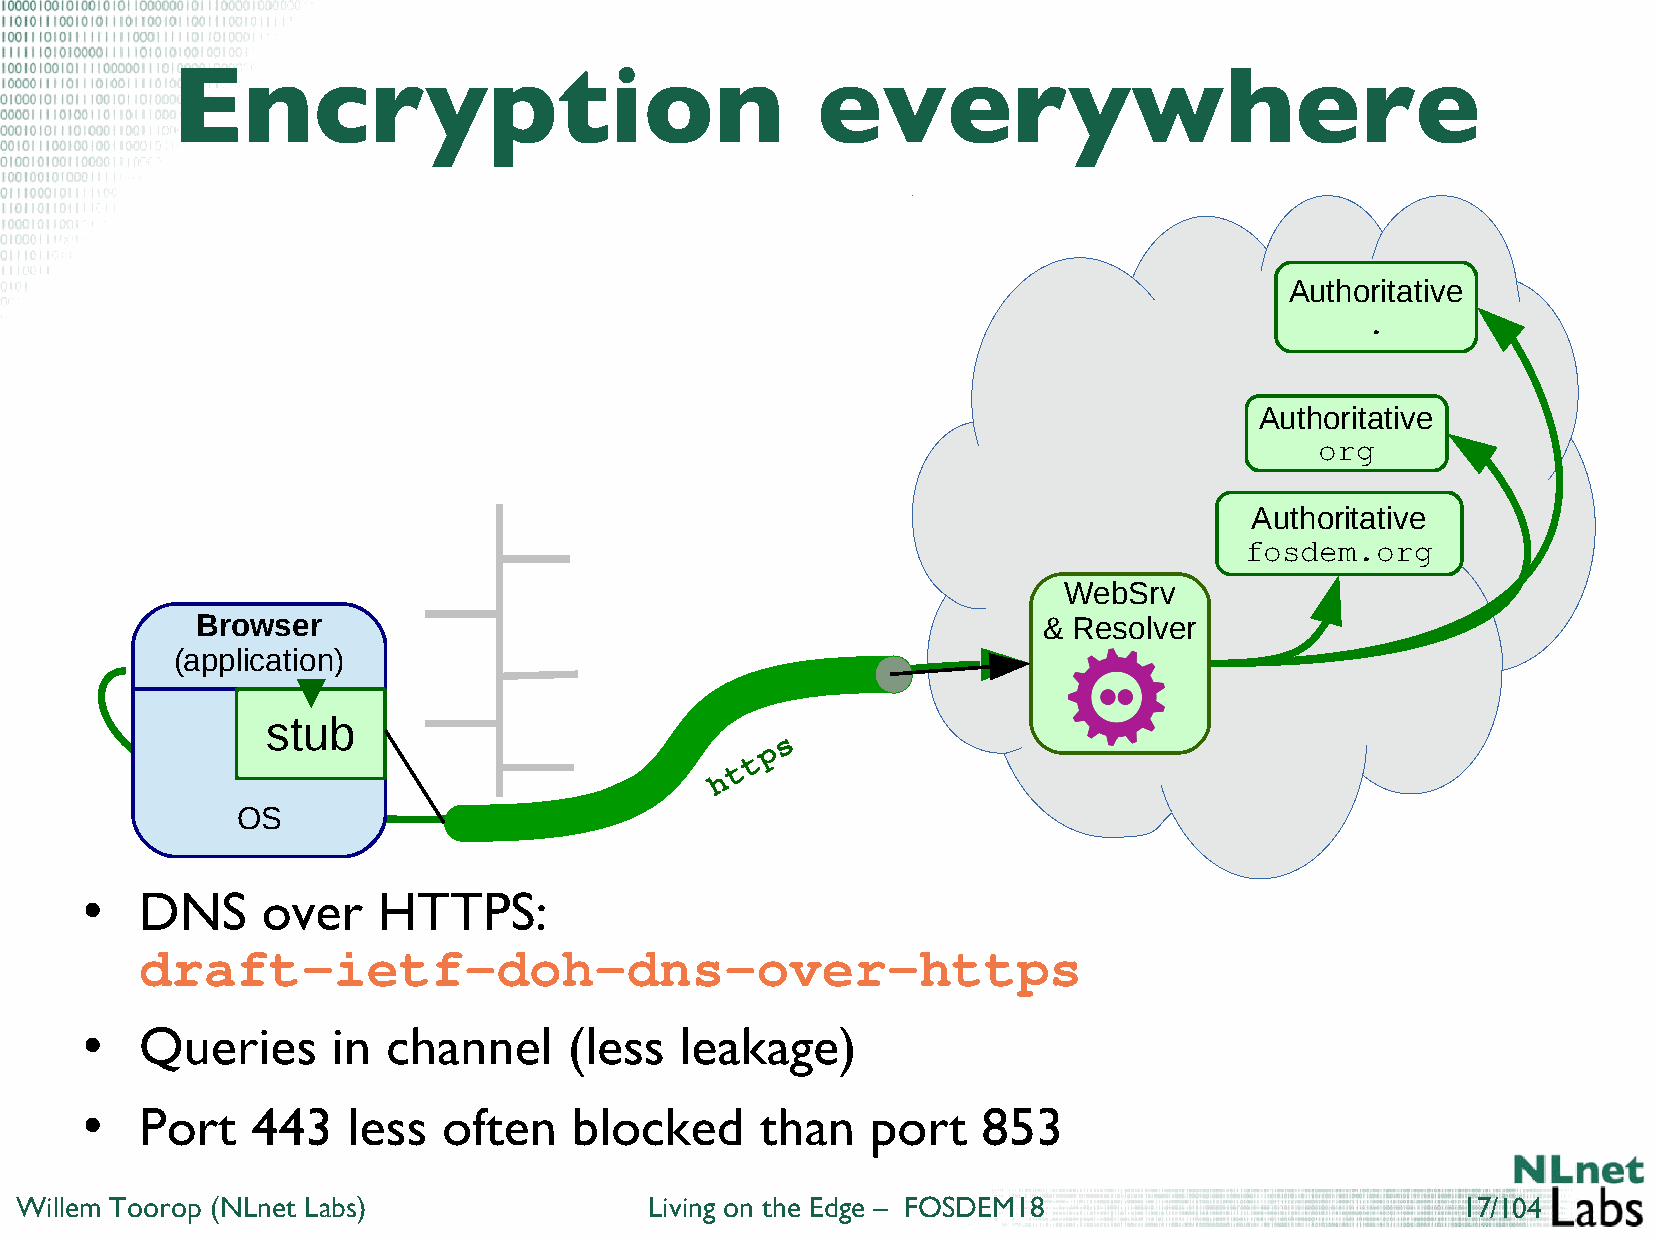
Encryption                                 everywhere
 Authoritative
 .
 Authoritative
 org
 Authoritative
 fosdem.org
 WebSrv
 Browser                                                 & Resolver
 (application)
 stub
 s
 p
 t
 t
 h
 OS
 DNS     over    HTTPS:
 ●
 draft-ietf-doh-dns-over-https
 Queries      in  channel     (less  leakage)
 ●
 Port    443   less  often    blocked     than    port   853
 ●
 Willem Toorop (NLnet Labs)                Living on the Edge – FOSDEM18                         17/104